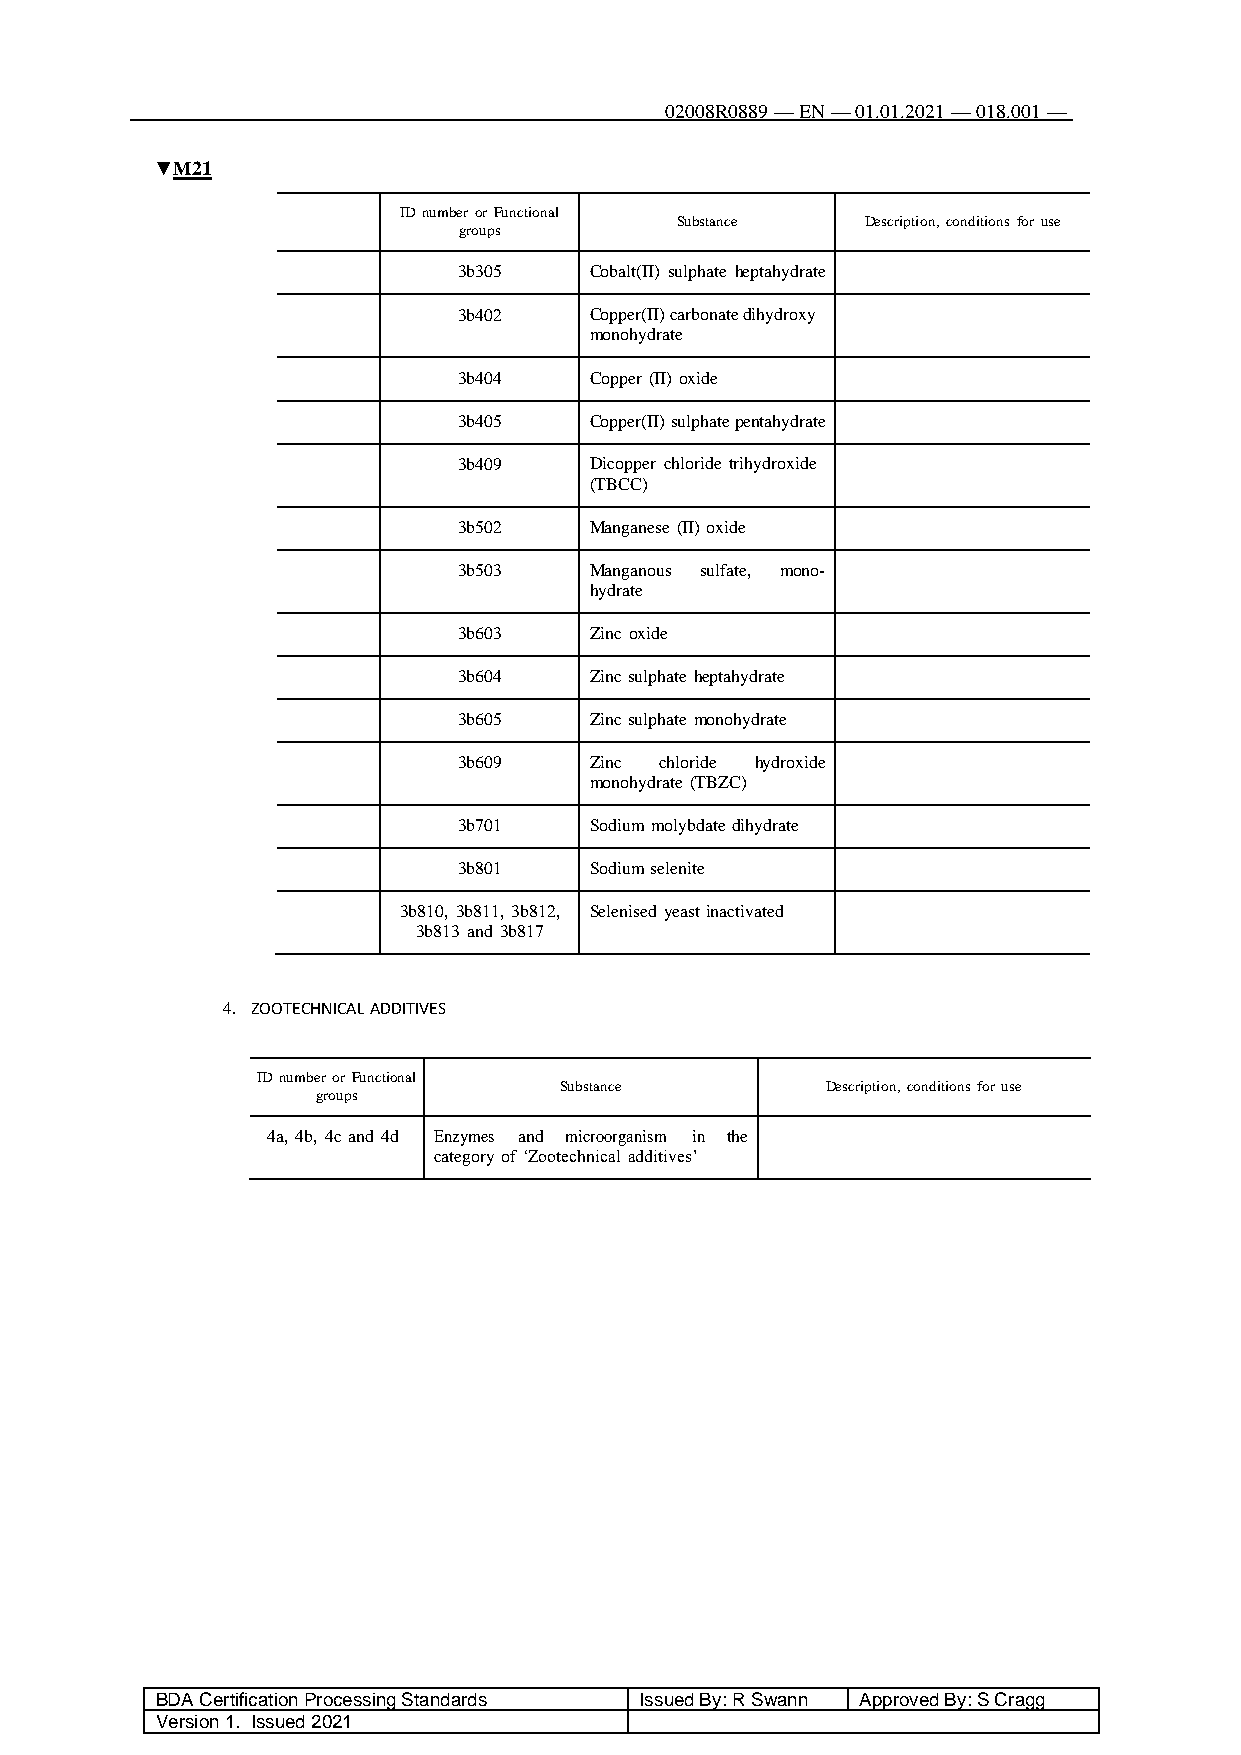
02008R0889 — EN — 01.01.2021 — 018.001 —
 120
 ▼M21
 ID number or Functional
 Substance   Description, conditions for use
 groups
 3b305    Cobalt(II) sulphate heptahydrate
 3b402    Copper(II) carbonate dihydroxy
 monohydrate
 3b404    Copper (II) oxide
 3b405    Copper(II) sulphate pentahydrate
 3b409    Dicopper chloride trihydroxide
 (TBCC)
 3b502    Manganese (II) oxide
 3b503    Manganous sulfate, mono
 hydrate
 3b603    Zinc oxide
 3b604    Zinc sulphate heptahydrate
 3b605    Zinc sulphate monohydrate
 3b609    Zinc chloride hydroxide
 monohydrate (TBZC)
 3b701    Sodium molybdate dihydrate
 3b801    Sodium selenite
 3b810, 3b811, 3b812, Selenised yeast inactivated
 3b813 and 3b817
 4. ZOOTECHNICAL ADDITIVES
 ID number or Functional
 Substance         Description, conditions for use
 groups
 4a, 4b, 4c and 4d Enzymes and microorganism in the
 category of ‘Zootechnical additives’
 BDA Certification Processing Standards Issued By: R Swann Approved By: S Cragg
 Version 1. Issued 2021